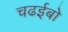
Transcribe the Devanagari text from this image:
चढईबो